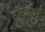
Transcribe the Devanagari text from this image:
हाॅराईज़न